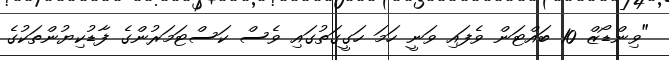
"ވިންޑޯޒް 10 ބައްޓަން ވެފައި ވަނީ ހަމަ ހަގީގަތުގައި ވެސް ކަސްޓަމަރުންގެ ފާޑުކިޔުންތަކުގެ